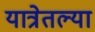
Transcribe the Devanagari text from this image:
यात्रेतल्या